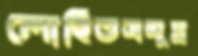
লোহিতসমুদ্র